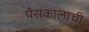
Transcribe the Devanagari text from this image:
पैसकालाची